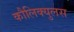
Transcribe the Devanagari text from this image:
कौलिक्युलस